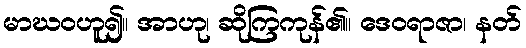
မာဃဝဟူ၍။ အာဟု၊ ဆိုကြကုန်၏။ ဒေဝရာဇာ၊ နတ်